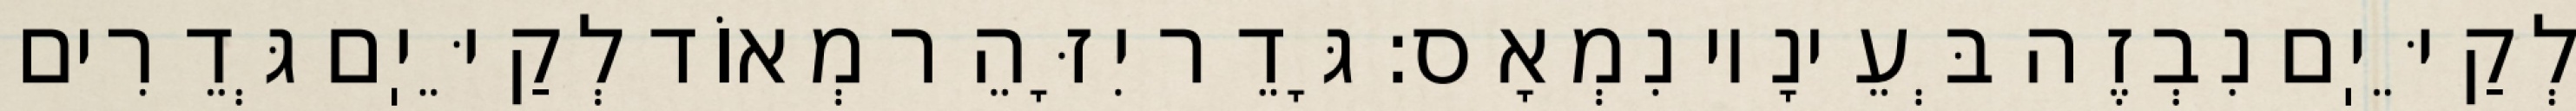
לְקַיֵּיֽם נִבְזֶה בְּעֵינָיו נִמְאָס: גָּדֵר יִזָּהֵר מְאוֹד לְקַיֵּיֽם גְּדֵרִים